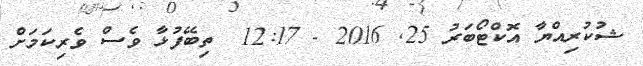
ޝުކުރިއްޔާ އޮކްޓޯބަރު 25